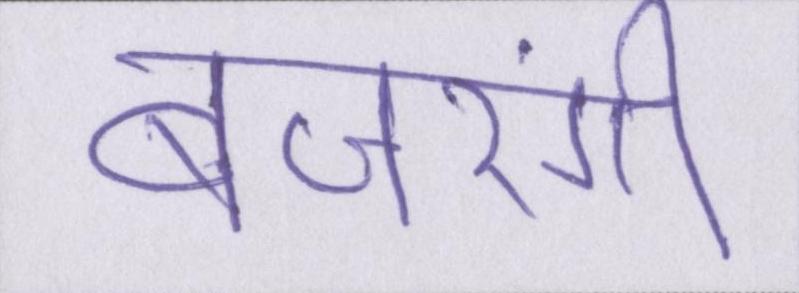
बजरंगी